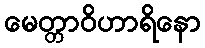
မေတ္တာဝိဟာရိနော